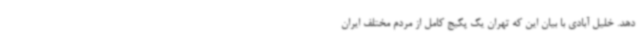
دهد. خلیل آبادی با بیان این که تهران یک پکیج کامل از مردم مختلف ایران